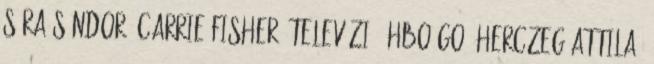
Sára Sándor, Carrie Fisher, Televízió, HBO GO, Herczeg Attila,